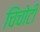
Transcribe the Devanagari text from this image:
चिंचोटी